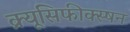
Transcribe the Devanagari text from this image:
क्र्यूसिफीक्स्षन